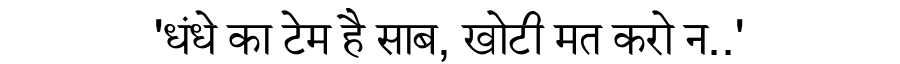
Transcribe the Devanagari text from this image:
'धंधे का टेम है साब, खोटी मत करो न..'